Kaarli_(Someru)_vallavalitsus, lk 13
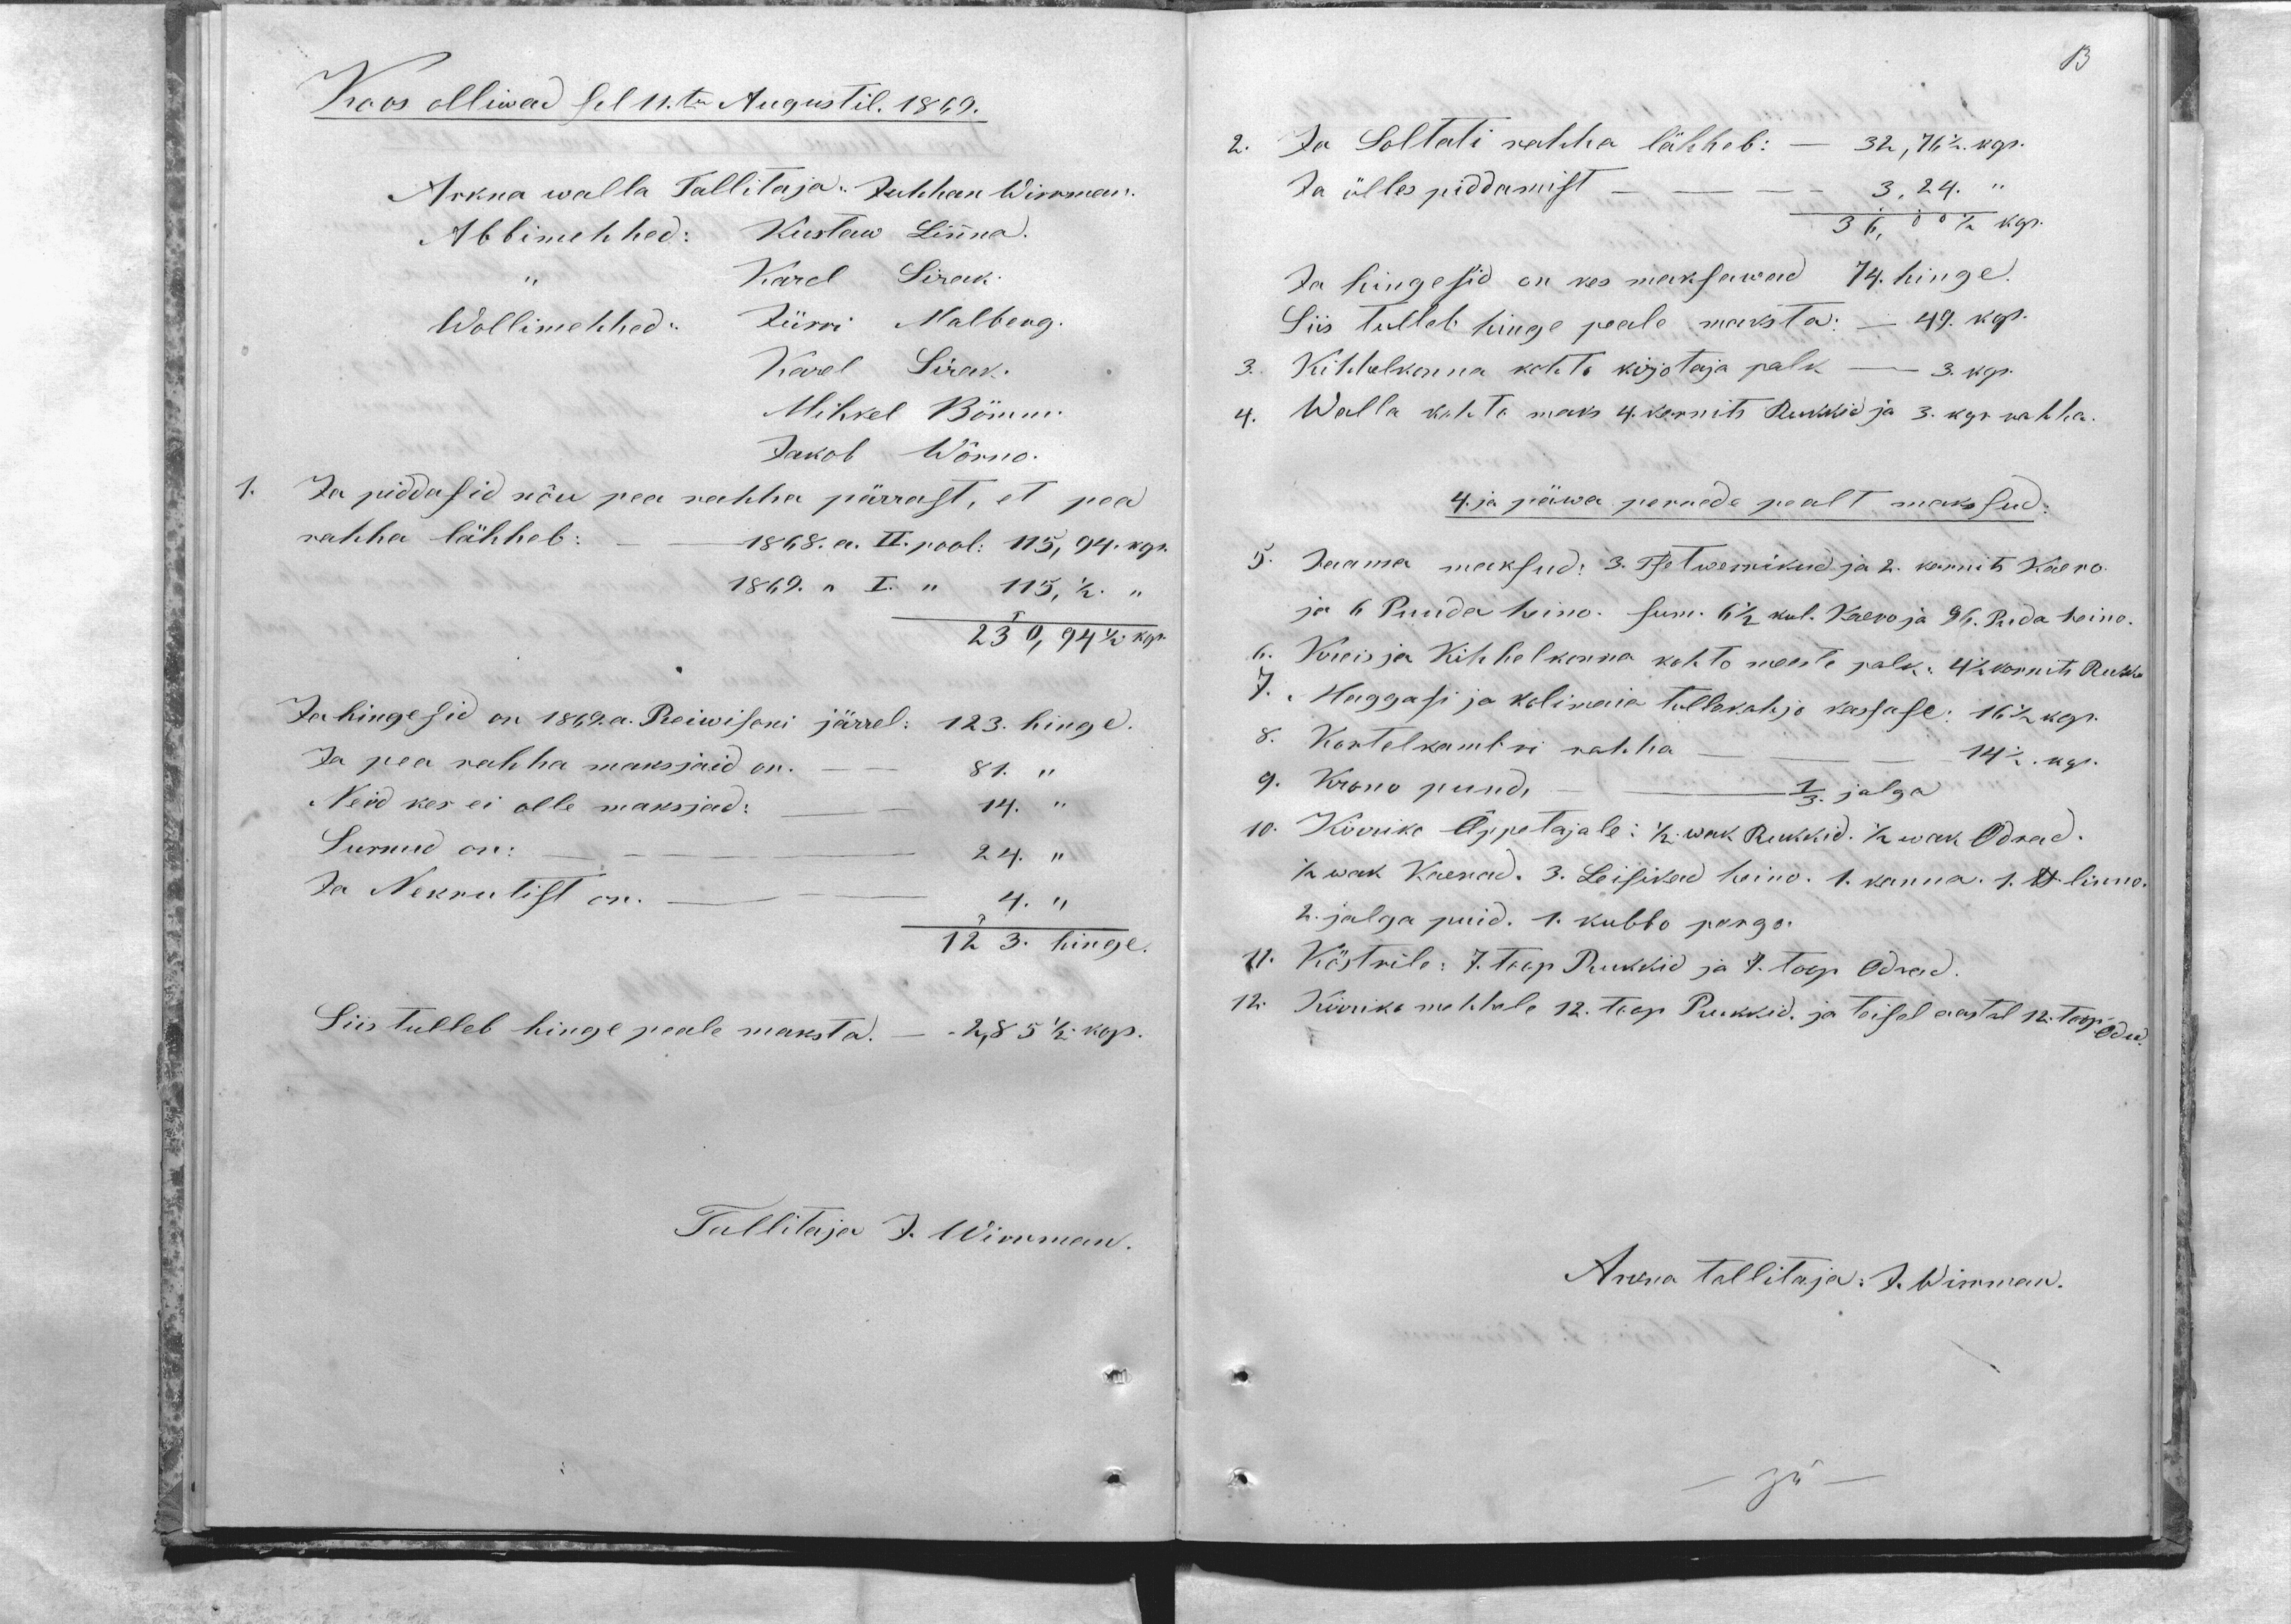
Koos olliwad sel 11.ten Augustil. 1869.
Arkna walla Tallitaja: Juhhan Wirrman.
Abbimehhed: Kustaw Linna.
,, Karel Sirak.
Wollimehhed:
Jürri Malberg.
Karel Sirak.
Mihkel Bömm.
Jakob Wõrno.
1. Ja piddasid nõu pea rahha pärrast, et pea
rahha lähheb:
1868. a. II.pool: 115, 94. kop.
1869. ,,  I. ,, 115, 1/2. ,,
230,94 1/2. kop.
Ja hingesid on 1869.a. Reiwisoni järrel: 123. hinge.
Ja pea rahha maksjaid on. - - 81. ,,
Neid kes ei olle maksjad: - - 14. ,,
Surnud on:  - - 24. ,,
Ja Nekrutist on. - -  4. ,,
123. hinge.
Siis tulleb hinge peale maksta. - - 2,85 1/2. kop.
Tallitaja J. Wirrman

13
2. Ja Soltati rahha lähheb: - 32,76 1/2. kop.
Ja ülles piddamist - - - - 3,24. ,,
36,00 1/2 kop.
Ja hingesid on kes maksawad 74. hinge.
Siis tulleb hinge peale maksta: - 49. kop.
3. Kihhelkonna kohto kirjotaja palk - 3. kop.
4. Walla kohto maks 4. karnits Rukkid ja 3. kop. rahha.
4. ja päwa perrede pealt makssud:
5. Jaama maksud: 3. Tsetwernikud ja 2. karnits Kaero.
ja 6 Puuda heino. sum. 6 1/2 kul. Kaero ja 96. Puda heino.
6. Kreis ja Kihhelkonna kohto meeste palk: 4 1/2 karnits Ruk.
7. Maggasi ja kolimaia tullekahjo kassase: 16 1/2 kop.
8. Kortelkambri rahha - - 14 1/2. kop.
9. Krono puud, - - 1/3 jalga
10. Kirriko Õppetajale: 1/2 wak Rukkid. 1/2 wak Odrad.
1/2 wak Kaerad. 3. Leisikad heino. 1. kanna 1 lb linno.
2. jalga puid. 1. kubbo pergo.
11. Köstrile: 7. Toop Rukkid ja 7. toop Odrad.
12. Kirriko mehhele 12. toop Rukkid ja teisel aastal 12. toop. Odra.
Arkna tallitaja: J. Wirrman